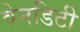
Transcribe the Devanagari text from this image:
वेनडिटी